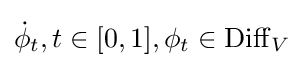
{\dot {\phi }}_{t},t\in [0,1],\phi _{t}\in \operatorname {Diff} _{V}